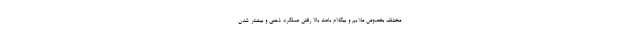
مختلف بخصوص ملایم و بیکلام باعث بالا رفتن عملکرد ذهنی و بیشتر شدن